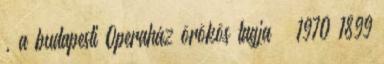
, a budapesti Operaház örökös tagja † 1970 1899